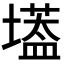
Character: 𡑷